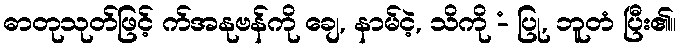
ဓာတုသုတ်ဖြင့် က်အနုဗန်ကို ချေ, နာမ်ငဲ့, သိကို -ံ ပြု, ဘူတံ ပြီး၏။